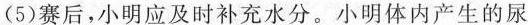
(5)赛后，小明应及时补充水分。小明体内产生的尿